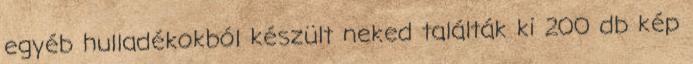
egyéb hulladékokból készült neked találták ki 200 db kép